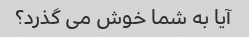
آیا به شما خوش می گذرد؟